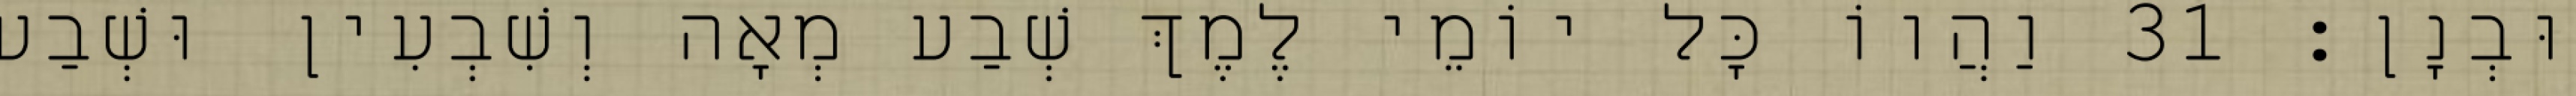
וּבְנָן׃ 31 וַהֲווֹ כָּל יוֹמֵי לֶמֶךְ שְׁבַע מְאָה וְשִׁבְעִין וּשְׁבַע